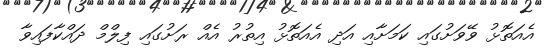
އެއަތޮޅު ވޭވަށުގައި ކަމަށާއި އަދި އެއަތޮޅު އިތުރު އެއް ރަށުގައި ފިލްމް ދައްކާފައިވާ